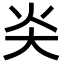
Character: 𡗩